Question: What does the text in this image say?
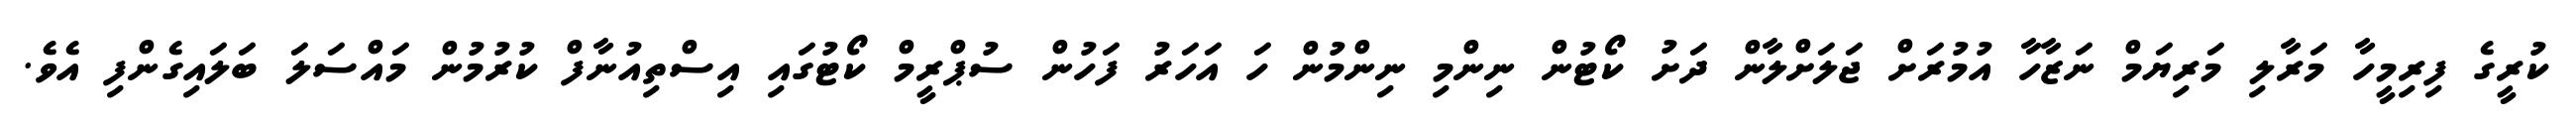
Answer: ކުރީގެ ފިރިމީހާ މަރާލި މަރިޔަމް ނަޒާހާ އުމުރަށް ޖަލަށްލާން ދަށު ކޯޓުން ނިންމި ނިންމުން ހަ އަހަރު ފަހުން ސުޕްރީމް ކޯޓުގައި އިސްތިއުނާފް ކުރުމުން މައްސަލަ ބަލައިގެންފި އެވެ.